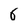
Character: 6